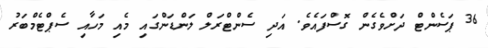
36 ޕަސެންޓް ދަށްވެގެން ގޮސްފައެވެ. އަދި ސެންޓްރަލް ލަންޑަންގައި މެއި މަހާއި ސެޕްޓެމްބަރު